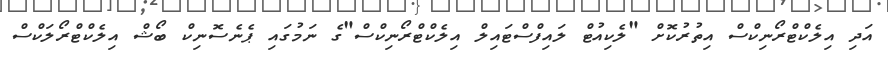
އަދި އިލެކްޓްރޯނިކްސް އިތުރުކޮށް "ލެކިއުޓް ލައިފްސްޓައިލް އިލެކްޓްރޯނިކްސް"ގެ ނަމުގައި ޕެނެސޮނިކް ބޯޝް އިލެކްޓްރޯލަކްސް